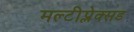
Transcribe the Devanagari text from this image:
मल्टीप्लेक्सड